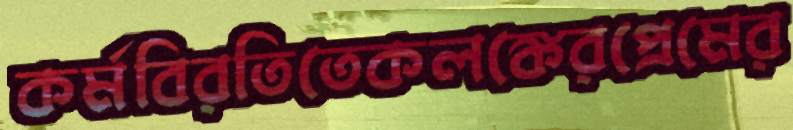
কর্মবিরতিতেকলঙ্কেরপ্রেমের